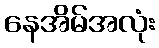
နေအိမ်အလုံး